Lunatic asylums in Bengal annual reports 1912-1924 - 1912-1924
Year: 1912
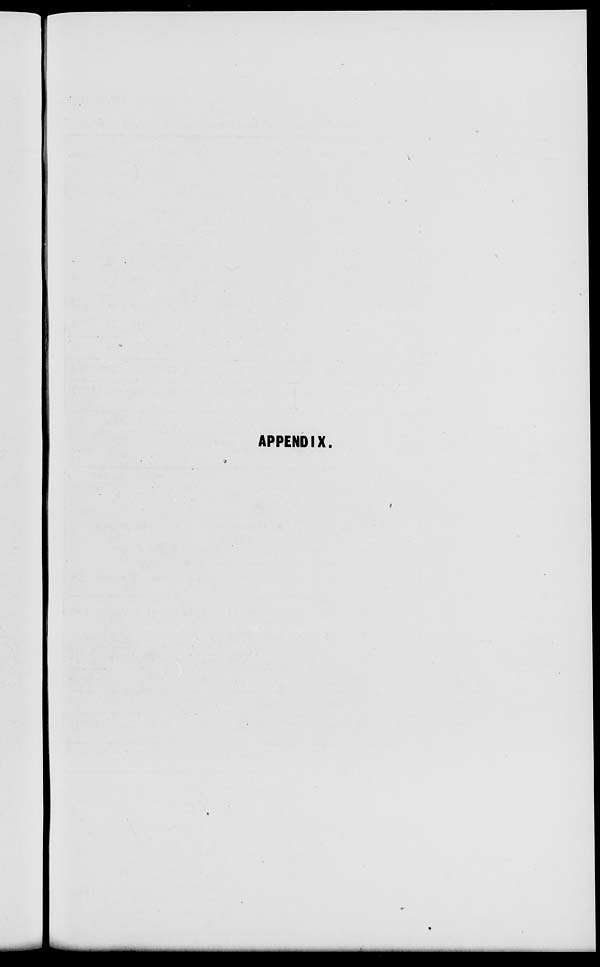
APPENDIX.